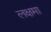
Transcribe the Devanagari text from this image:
लक्षमा